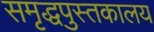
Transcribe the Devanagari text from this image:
समृद्धपुस्तकालय